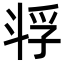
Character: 𫿴